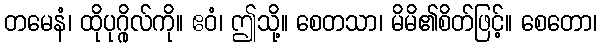
တမေနံ၊ ထိုပုဂ္ဂိုလ်ကို။ ဧဝံ၊ ဤသို့။ စေတသာ၊ မိမိ၏စိတ်ဖြင့်။ စေတော၊